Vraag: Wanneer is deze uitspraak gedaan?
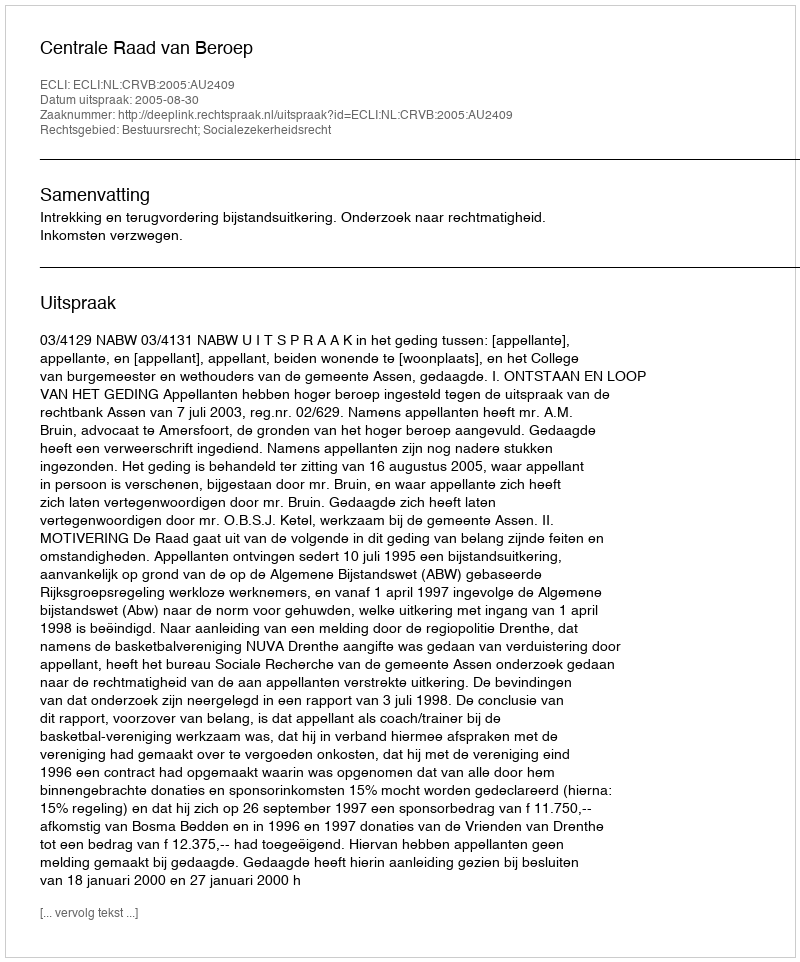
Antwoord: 2005-08-30